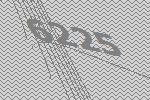
6225